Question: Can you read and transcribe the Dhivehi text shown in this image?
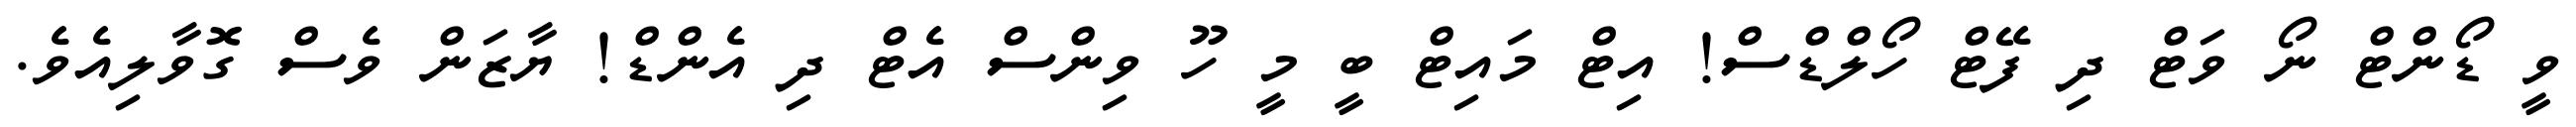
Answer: ވީ ޑޯންޓް ނޯ ވަޓް ދި ފޭޓް ހޯލްޑްސް! އިޓް މައިޓް ބީ މީ ހޫ ވިންސް އެޓް ދި އެންޑް! ޔާޒަން ވެސް ގޮވާލިއެވެ.